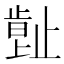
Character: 𣦕